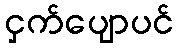
ငှက်ပျောပင်